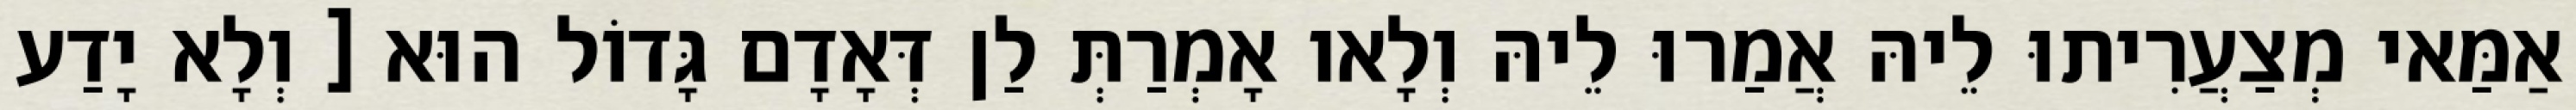
אַמַּאי מְצַעֲרִיתוּ לֵיהּ אֲמַרוּ לֵיהּ וְלָאו אָמְרַתְּ לַן דְּאָדָם גָּדוֹל הוּא [ וְלָא יָדַע